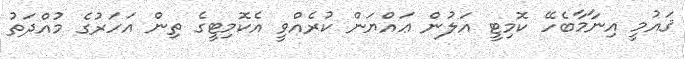
ޤައުމީ އިނާމާބެހޭ ކޮމިޓީ އަލުން ޢައްޔަން ކުރެއްވީ އެކޮމިޓީގެ ތިން އަހަރުގެ މުއްދަތު